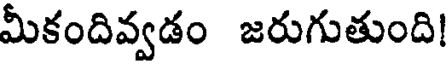
మీకందివ్వడం జరుగుతుంది!